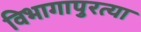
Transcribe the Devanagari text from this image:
विभागापुरत्या